Mental hospitals Bombay report 1921-28 - 1921-1928
Year: 1921
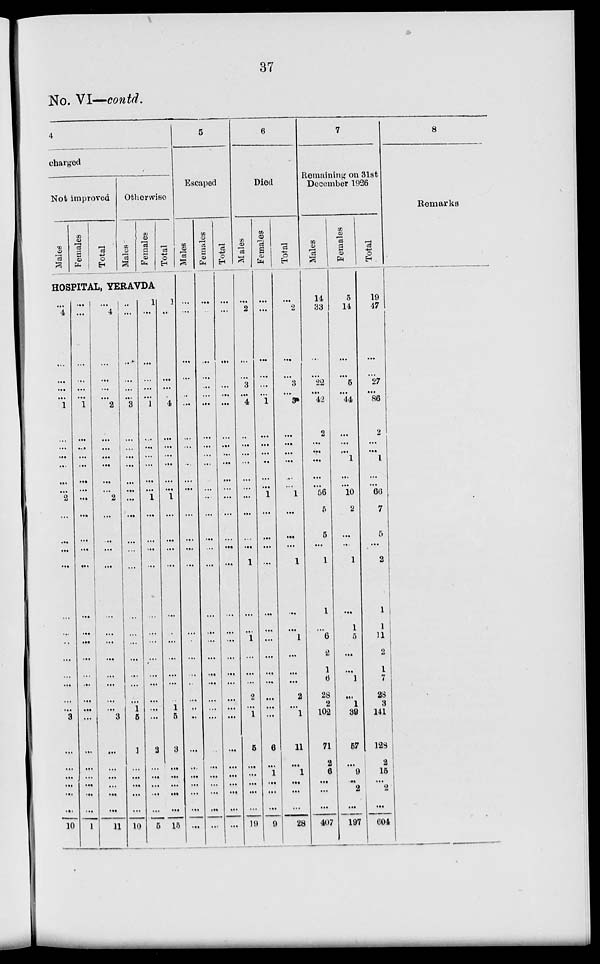
37
No. VI—contd.
4
charged
Not improved
Males
Females
Total
Otherwise
Males
Females
Total
HOSPITAL, YERAVDA
...
4
...
...
...
...
1
...
...
...
...
...
...
2
...
...
...
...
...
...
...
...
...
...
...
...
3
...
...
...
...
...
...
10
...
...
...
...
...
...
1
...
...
...
...
...
...
...
...
...
...
...
...
...
...
...
...
...
...
...
...
...
...
...
...
...
...
1
...
4
...
...
...
...
2
...
...
...
...
...
...
2
...
...
...
...
...
...
...
...
...
...
...
...
3
...
...
...
...
...
...
11
...
...
...
...
...
...
3
...
...
...
...
...
...
...
...
...
...
...
...
...
...
...
...
...
...
1
5
1
...
...
...
...
...
10
1
...
...
...
...
...
1
...
...
...
...
...
...
1
...
...
...
...
...
...
...
...
...
...
...
...
...
2
...
...
...
...
...
5
1
...
...
...
...
...
4
...
...
...
...
...
...
1
...
...
...
...
...
...
...
...
...
...
...
1
5
3
...
...
...
...
...
15
5
Escaped
Males
...
...
...
...
...
..
...
...
...
...
...
...
...
...
...
...
...
...
...
...
...
...
..
...
...
...
...
...
...
...
...
...
...
...
Females
...
...
...
...
...
...
...
...
...
...
...
...
...
...
...
...
...
...
...
...
...
...
...
...
...
...
...
...
...
...
...
...
...
...
Total
...
...
...
...
...
...
...
...
...
...
...
...
...
...
...
...
...
...
...
...
...
...
...
...
...
...
...
...
...
...
...
...
...
...
6
Died
Males
...
2
...
...
3
...
4
...
...
...
...
...
...
...
...
...
...
1
...
...
1
...
...
...
2
...
1
5
...
...
...
...
...
19
Females
...
...
...
...
...
...
1
...
...
...
...
...
...
1
...
...
...
...
...
...
...
...
...
...
...
...
...
6
...
1
...
...
...
9
Total
...
2
...
...
3
...
5
...
...
...
...
...
...
1
...
...
...
1
...
...
1
...
...
...
2
...
1
11
...
1
...
...
...
28
7
Remaining on 31st
December 1926
Males
14
33
...
...
22
...
42
2
...
...
...
...
...
56
5
5
...
1
1
...
6
2
1
6
28
2
102
71
2
6
...
...
...
407
Females
5
14
...
...
5
...
44
...
...
...
1
...
...
10
2
...
...
1
...
1
5
...
...
1
...
1
39
57
...
9
...
2
...
197
Total
19
47
...
...
27
...
86
2
...
...
1
...
...
66
7
5
...
2
1
1
11
2
1
7
28
3
141
128
2
15
...
2
...
604
8
Remarks